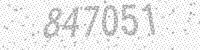
Solution: 847051